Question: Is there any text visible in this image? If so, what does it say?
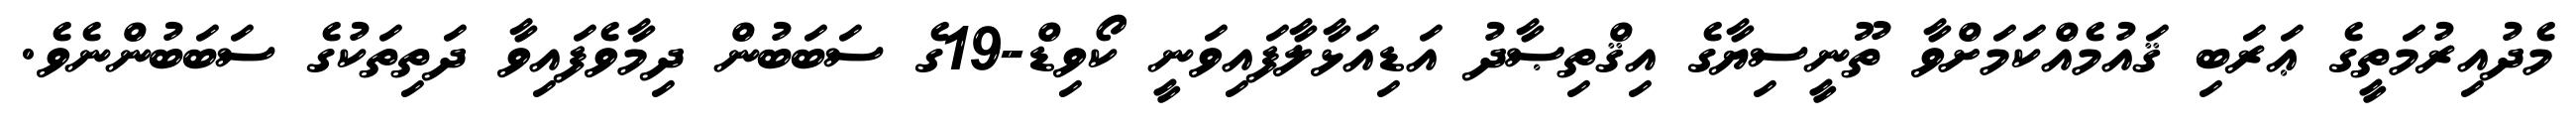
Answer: މެދުއިރުމަތީގެ ޢަރަބި ޤައުމެއްކަމަށްވާ ތޫނީސިޔާގެ އިޤްތިޞާދު އަޑިއަޅާލާފައިވަނީ ކޯވިޑް-19ގެ ސަބަބުން ދިމާވެފައިވާ ދަތިތަކުގެ ސަބަބުންނެވެ.